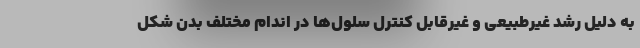
به دلیل رشد غیرطبیعی و غیرقابل کنترل سلول‌ها در اندام مختلف بدن شکل